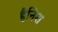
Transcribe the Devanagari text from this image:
हैनिश